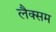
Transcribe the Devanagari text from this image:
लैक्सम